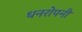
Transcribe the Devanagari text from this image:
धनरोपनी